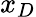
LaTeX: x_{D}